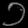
Digit: ၁